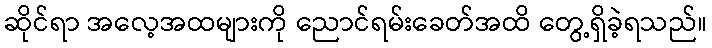
ဆိုင်ရာ အလေ့အထများကို ညောင်ရမ်းခေတ်အထိ တွေ့ရှိခဲ့ရသည်။